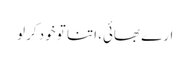
ارے بھائی، اتنا تو خود کرلو